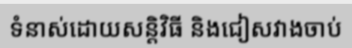
ទំនាស់ដោយសន្តិវិធី និងជៀសវាងចាប់